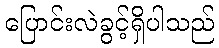
ပြောင်းလဲခွင့်ရှိပါသည်